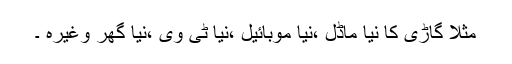
مثلاً گاڑی کا نیا ماڈل ،نیا موبائیل ،نیا ٹی وی ،نیا گھر وغیرہ ۔